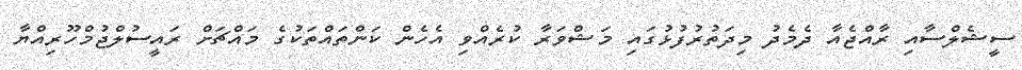
ސީޝެލްސާއި ރާއްޖެއާ ދެމެދު މިދަތުރުފުޅުގައި މަޝްވަރާ ކުރެއްވި އެހެން ކަންތައްތަކުގެ މައްޗަށް ރައީސުލްޖުމްހޫރިއްޔާ